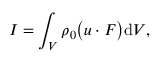
I = \int _ { V } \rho _ { 0 } \big ( \boldsymbol { u } \cdot \boldsymbol { F } \big ) \mathrm { d } V ,